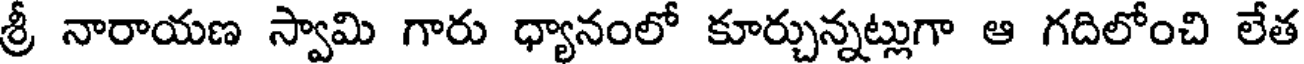
శ్రీ నారాయణ స్వామి గారు ధ్యానంలో కూర్చున్నట్లుగా ఆ గదిలోంచి లేత